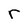
Character: r